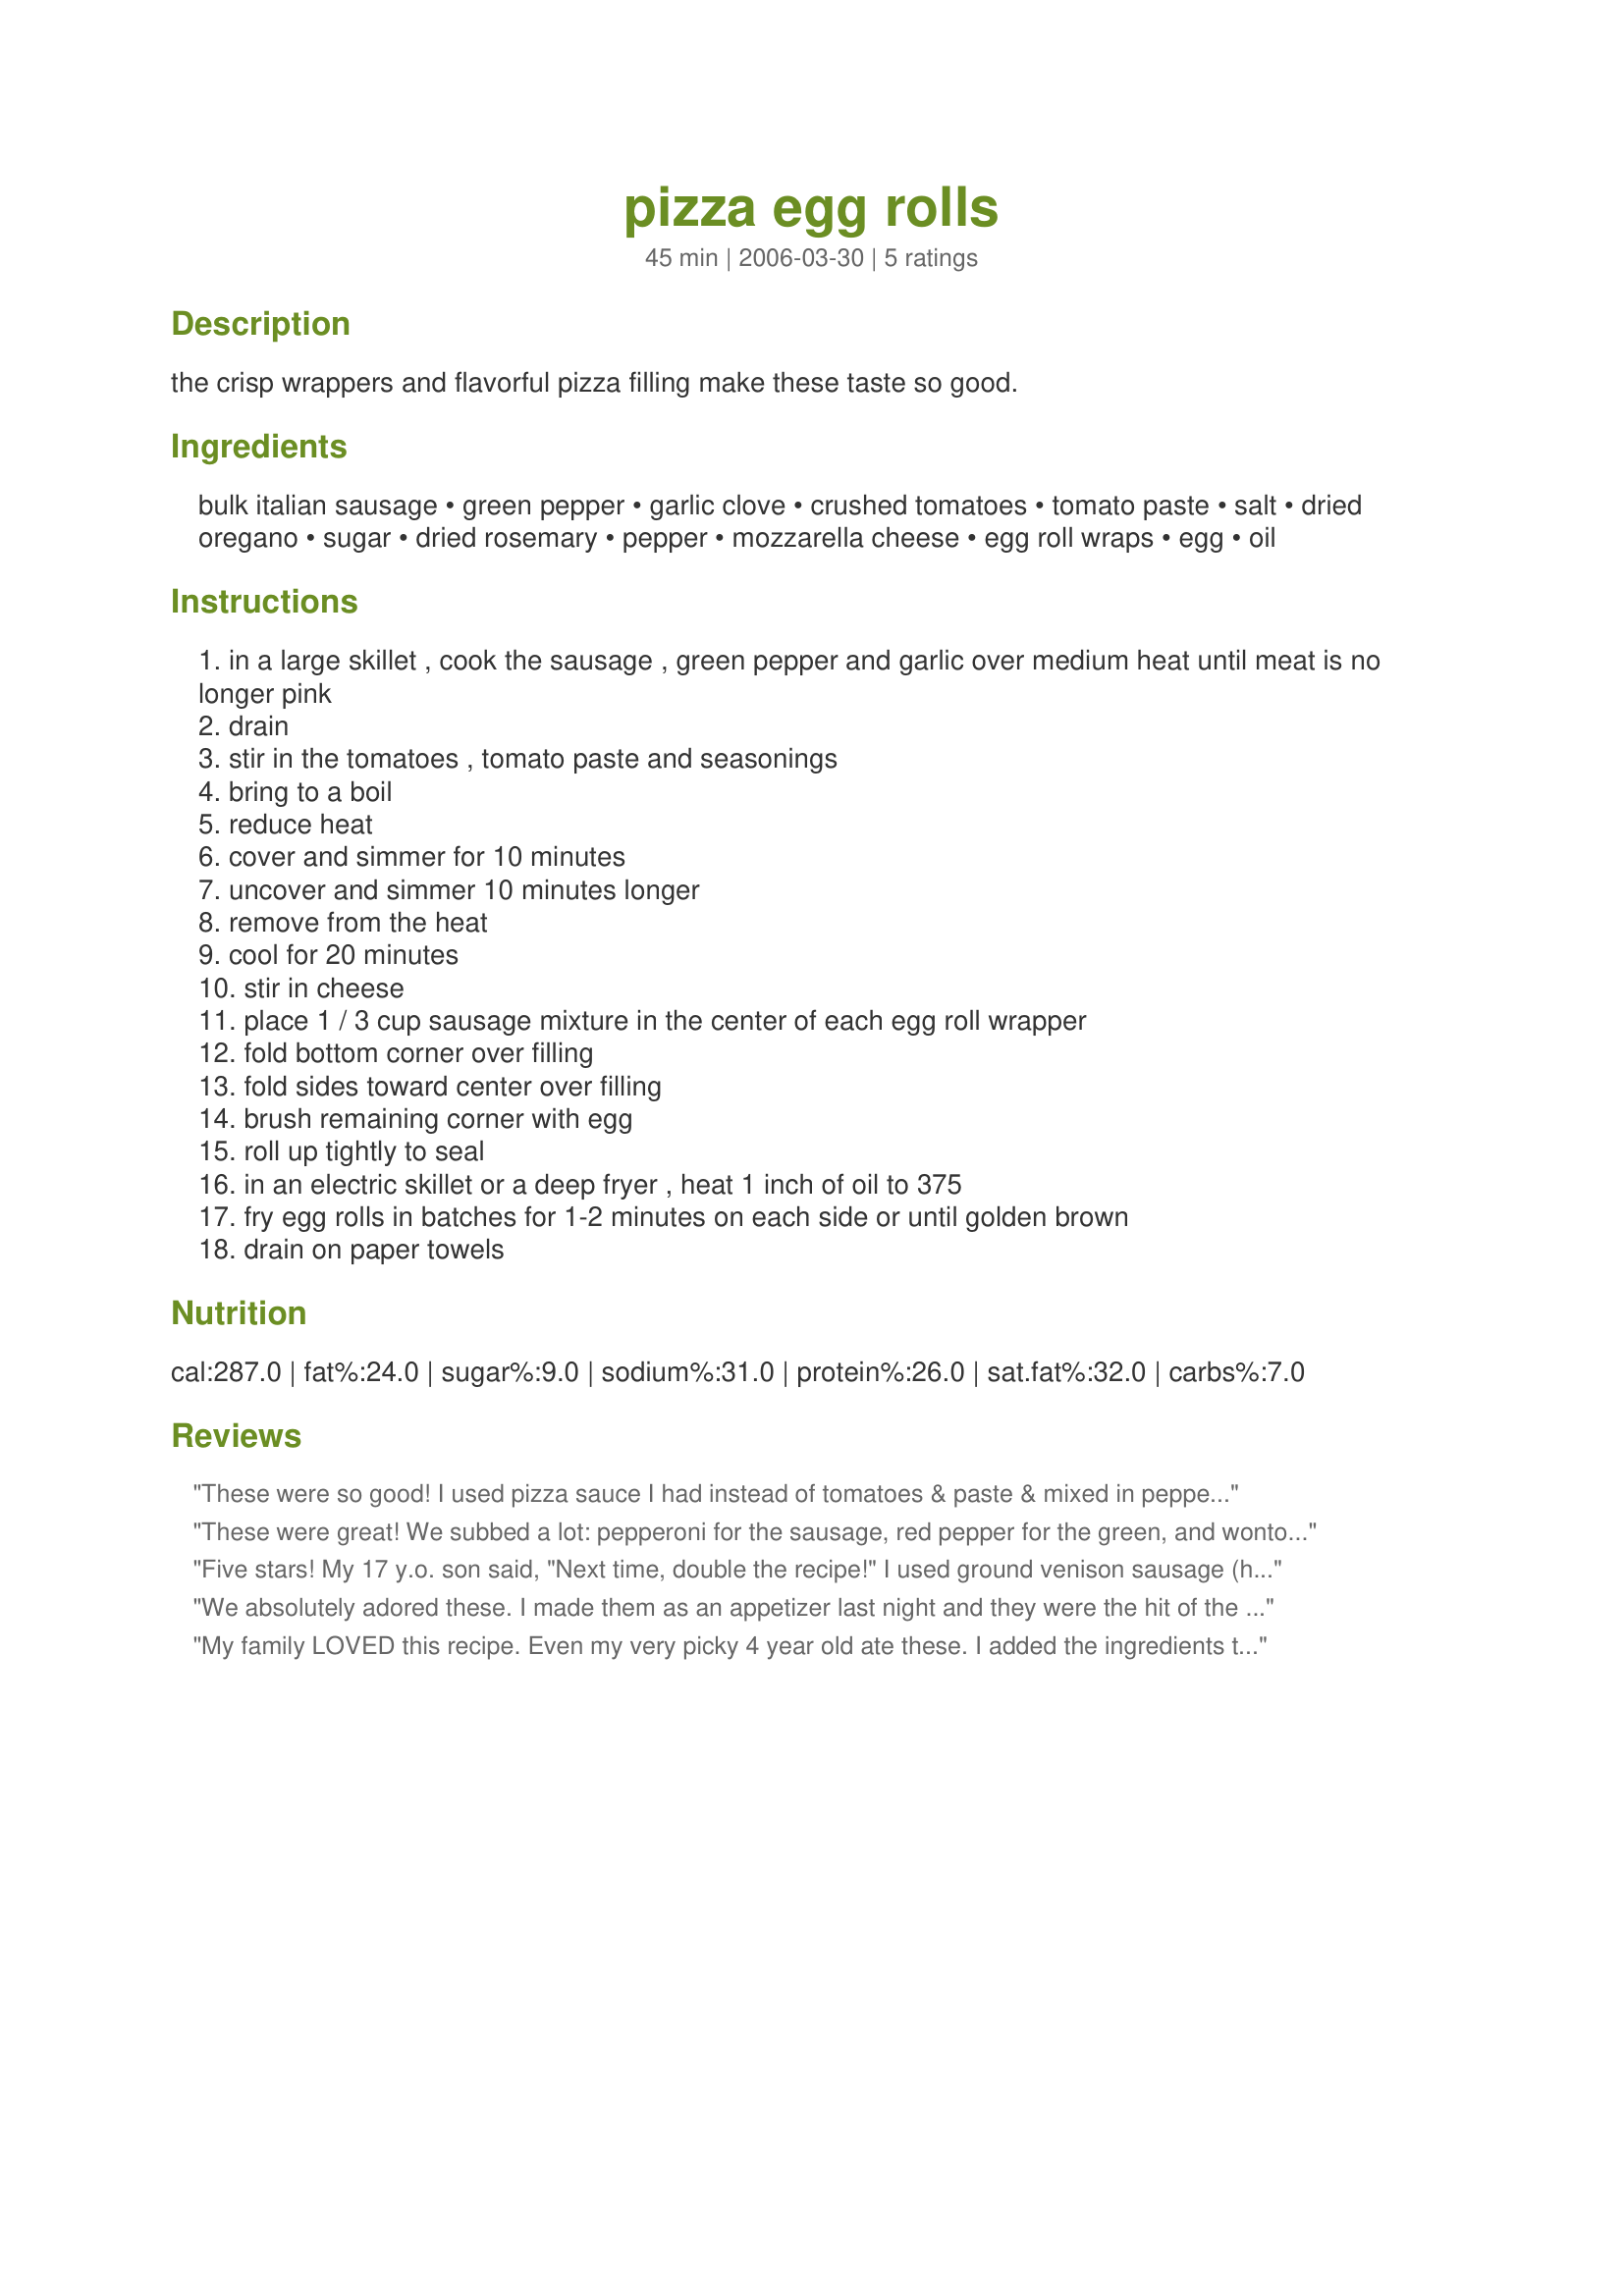
pizza egg rolls
Preparation time: 45 minutes

the crisp wrappers and flavorful pizza filling make these taste so good.

Ingredients:
bulk italian sausage, green pepper, garlic clove, crushed tomatoes, tomato paste, salt, dried oregano, sugar, dried rosemary, pepper, mozzarella cheese, egg roll wraps, egg, oil

Steps:
in a large skillet , cook the sausage , green pepper and garlic over medium heat until meat is no longer pink
drain
stir in the tomatoes , tomato paste and seasonings
bring to a boil
reduce heat
cover and simmer for 10 minutes
uncover and simmer 10 minutes longer
remove from the heat
cool for 20 minutes
stir in cheese
place 1 / 3 cup sausage mixture in the center of each egg roll wrapper
fold bottom corner over filling
fold sides toward center over filling
brush remaining corner with egg
roll up tightly to seal
in an electric skillet or a deep fryer , heat 1 inch of oil to 375
fry egg rolls in batches for 1-2 minutes on each side or until golden brown
drain on paper towels

Reviews:
These were so good! I used pizza sauce I had instead of tomatoes & paste & mixed in pepperoni pieces with the sausage. Everyone is begging me to make them again. Thanks for posting! :)
These were great! We subbed a lot: pepperoni for the sausage, red pepper for the green, and wonton wrappers for the egg roll wrappers. We also added black olives, and used sour cream for dipping. YUM!
Five stars! My 17 y.o. son said, "Next time, double the recipe!" I used ground venison sausage (home-made, too!), instead of the Italian, and our favorite Pizza sauce instead of the tomatoes & paste. Added sliced black olives and a few slivers of pepperoni. Didn't have straight mozzarella, so used PepperJack mozz! And the recipe makes EXACTLY 13 rolls! Definitely a KEEPER!
We absolutely adored these. I made them as an appetizer last night and they were the hit of the evening. They were devoured. One of our guests commented "I love pizza rolls and these are like pizza rolls on steroids . . . mmm, errgel meemee" (I'm not sure what that last part was, his mouth was full of hot, gooey, mozz and pizza sauce). ;) These are excellent and will go into my regular rotation of appetizers. I did add a few mushrooms to the filling because we love mushroom pizza. I had a little trouble folding these, but it didn't really matter, they stayed shut and cooked up like a charm in my fry-daddy. Thank you!
My family LOVED this recipe. Even my very picky 4 year old ate these. I added the ingredients that we like on pizza, which was ham, pepperoni and mushrooms, pizza sauce and cheese. Dh was sad when there were no leftover to take to work for his lunch. This is a definate keeper. Thanks for posting
